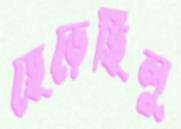
ছেড়েছিলু